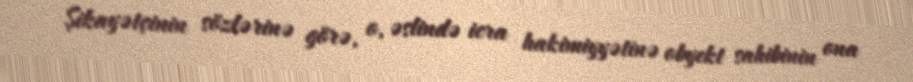
Şikayətçinin sözlərinə görə, o, əslində icra hakimiyyətinə obyekt sahibinin ona